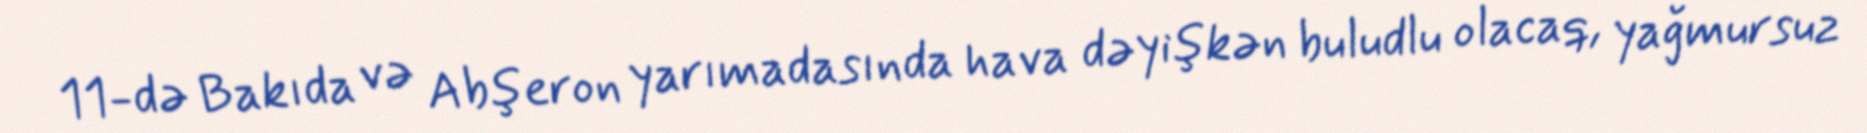
11-də Bakıda və Abşeron yarımadasında hava dəyişkən buludlu olacaq, yağmursuz